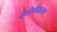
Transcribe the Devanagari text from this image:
वैशेषीकरण